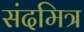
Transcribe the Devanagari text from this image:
संदमित्र